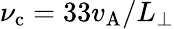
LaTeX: \nu_{\mathrm{c}}=33v_{\mathrm{A}}/L_{\perp}